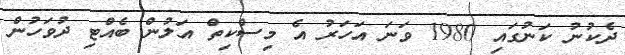
ދެކުނު ކަނުގައި 1980 ވަނަ އަހަރު އެ މިސްކިތް އަލުން ބެއްޓި ދުވަހުން